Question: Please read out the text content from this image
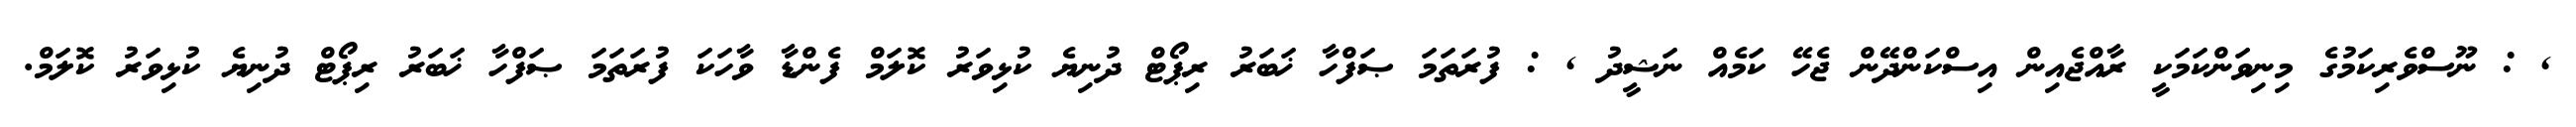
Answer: , : ނޫސްވެރިކަމުގެ މިނިވަންކަމަކީ ރާއްޖެއިން އިސްކަންދޭން ޖެހޭ ކަމެއް ނަޝީދު , : ފުރަތަމަ ޞަފްހާ ޚަބަރު ރިޕޯޓް ދުނިޔެ ކުޅިވަރު ކޮލަމް ފެންޑާ ވާހަކަ ފުރަތަމަ ޞަފްހާ ޚަބަރު ރިޕޯޓް ދުނިޔެ ކުޅިވަރު ކޮލަމް.